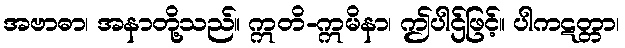
အဗာဓာ၊ အနာတို့သည်။ ဣတိ-ဣမိနာ၊ ဤပါဌ်ဖြင့်။ ပါကဋတ္တာ၊